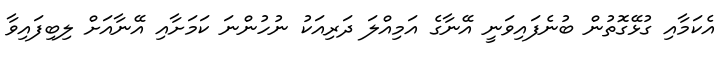
އެކަމާއި ގުޅޭގޮތުން ބުނެފައިވަނީ އޭނާގެ އަމިއްލަ ދަރިއަކު ނުހުންނަ ކަމަށާއި އޭނާއަށް ލިބިފައިވާ